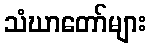
သံဃာတော်များ